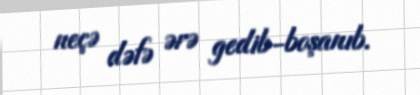
neçə dəfə ərə gedib-boşanıb.